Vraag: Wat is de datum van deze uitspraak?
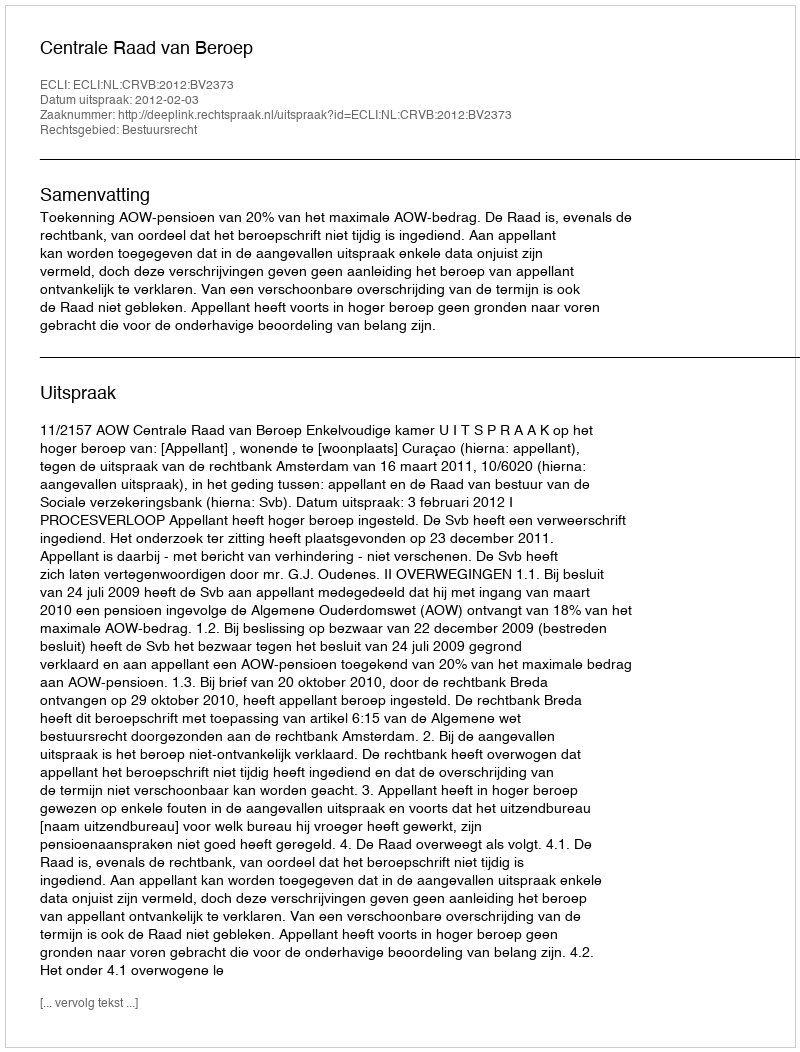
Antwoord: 2012-02-03